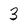
Character: 3